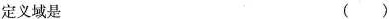
定义域是()